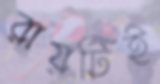
রায়টিই